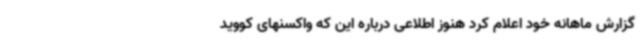
گزارش ماهانه خود اعلام کرد هنوز اطلاعی درباره این که واکسنهای کووید